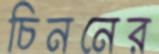
চিননের